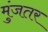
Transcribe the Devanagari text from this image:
मुंजतर